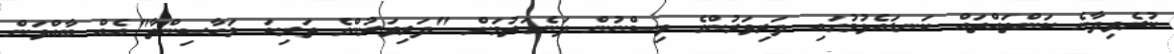
ކުރެވިދާނެ ކަންތައްތައް ކަނޑައެޅުމުގައި ދަރިވަރުންގެ ވިސްނުން ދަނެގަތުމަށް "ދަރިވަރުންގެ ތަރިކަ މަހާސިންތާ"އެއް ބާއްވަން